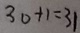
3 0 + 1 = 3 1